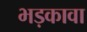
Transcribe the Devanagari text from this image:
भड़कावा